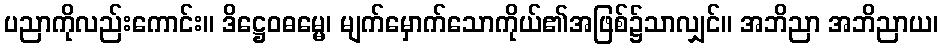
ပညာကိုလည်းကောင်း။ ဒိဋ္ဌေဝဓမ္မေ၊ မျက်မှောက်သောကိုယ်၏အဖြစ်၌သာလျှင်။ အဘိညာ အဘိညာယ၊